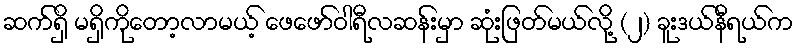
ဆက်ရှိ မရှိကိုတော့လာမယ့် ဖေဖော်ဝါရီလဆန်းမှာ ဆုံးဖြတ်မယ်လို့ (၂) ခူးဒယ်နီရယ်က